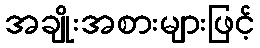
အချိုးအစားများဖြင့်